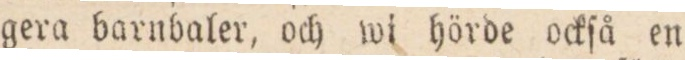
gera barnbaler, och wi hörde ockſå en